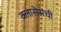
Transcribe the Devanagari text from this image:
क्लासेसची